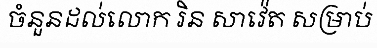
ចំនួនដល់លោក រិន សាវ៉េត សម្រាប់